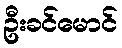
ဦးခင်မောင်